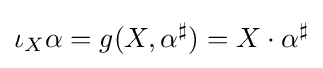
\iota _{X}\alpha =g(X,\alpha ^{\sharp })=X\cdot \alpha ^{\sharp }